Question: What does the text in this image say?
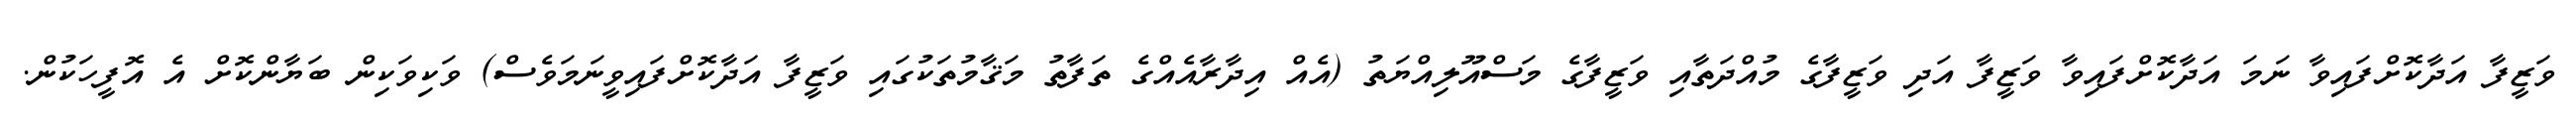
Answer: ވަޒީފާ އަދާކޮށްފައިވާ ނަމަ އަދާކޮށްފައިވާ ވަޒީފާ އަދި ވަޒީފާގެ މުއްދަތާއި ވަޒީފާގެ މަސްއޫލިއްޔަތު (އެއް އިދާރާއެއްގެ ތަފާތު މަޤާމުތަކުގައި ވަޒީފާ އަދާކޮށްފައިވީނަމަވެސް) ވަކިވަކިން ބަޔާންކޮށް އެ އޮފީހަކުން.